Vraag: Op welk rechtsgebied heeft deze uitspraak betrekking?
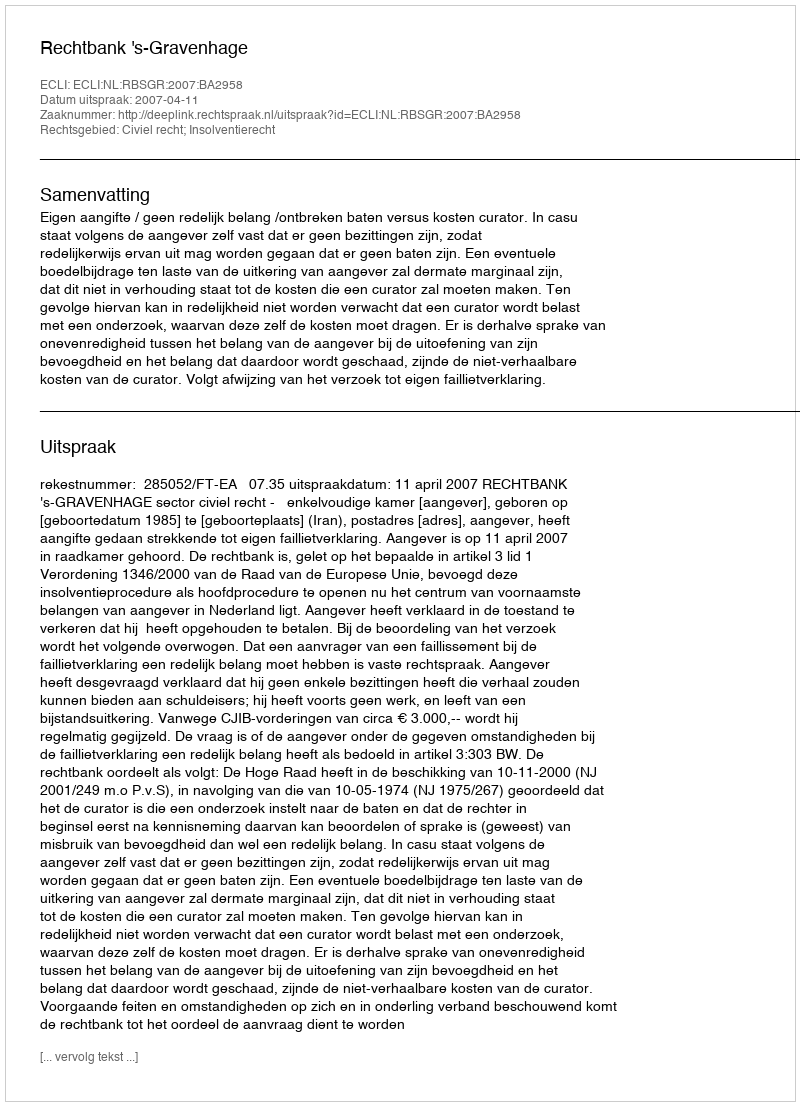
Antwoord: Civiel recht; Insolventierecht